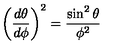
\left( { \frac { d \theta } { d \phi } } \right) ^ { 2 } = { \frac { \sin ^ { 2 } \theta } { \phi ^ { 2 } } }